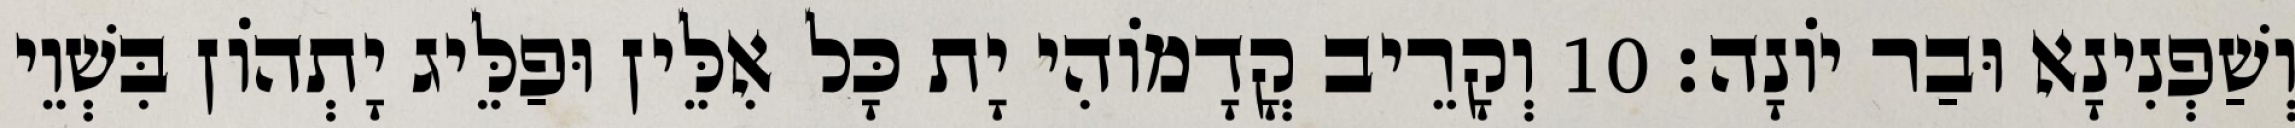
וְשַׁפְנִינָא וּבַר יוֹנָה׃ 10 וְקָרֵיב קֳדָמוֹהִי יָת כָּל אִלֵּין וּפַלֵּיג יָתְהוֹן בִּשְׁוֵי